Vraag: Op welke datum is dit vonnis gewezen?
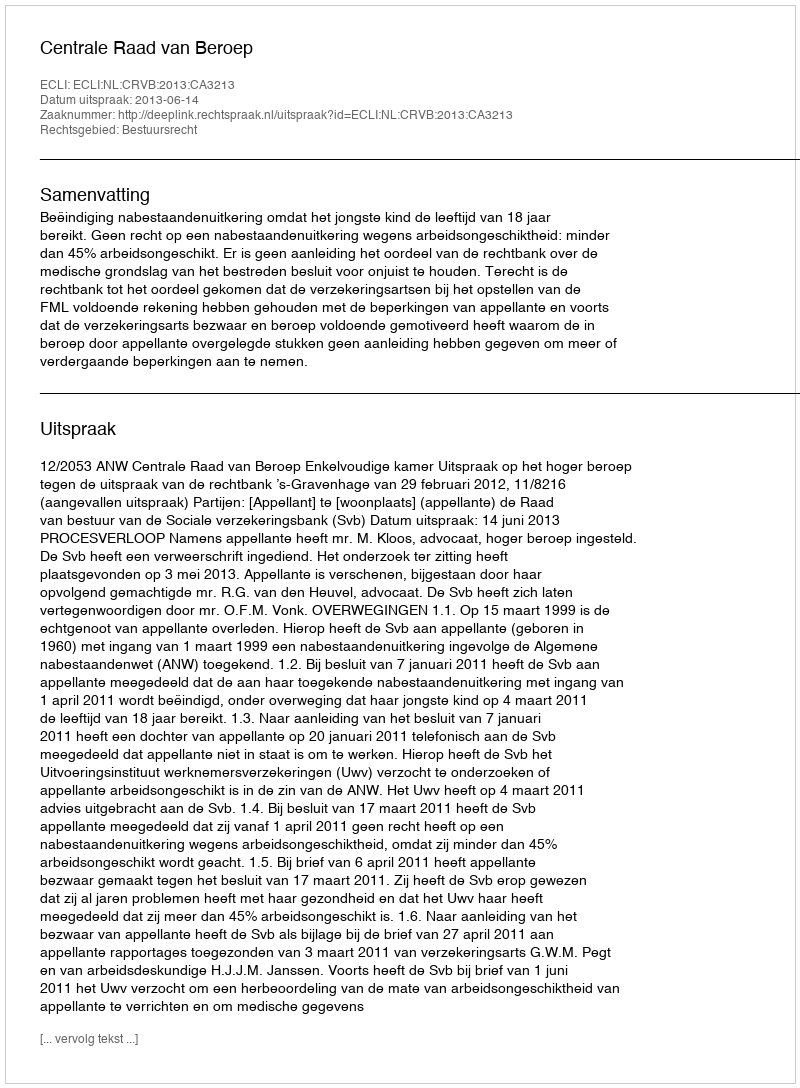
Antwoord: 2013-06-14